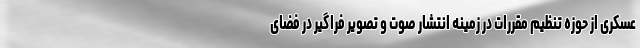
عسکری از حوزه تنظیم مقررات در زمینه انتشار صوت و تصویر فراگیر در فضای